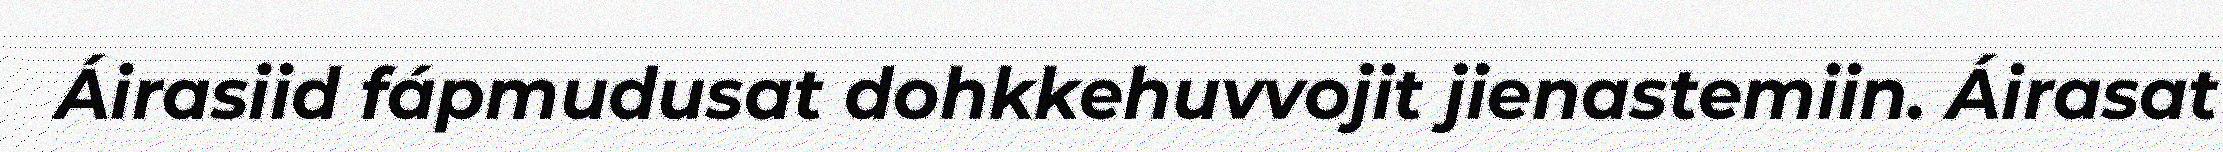
Áirasiid fápmudusat dohkkehuvvojit jienastemiin. Áirasat